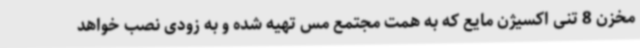
مخزن 8 تنی اکسیژن مایع که به همت مجتمع مس تهیه شده و به زودی نصب خواهد